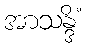
အာသန္ဒိံ